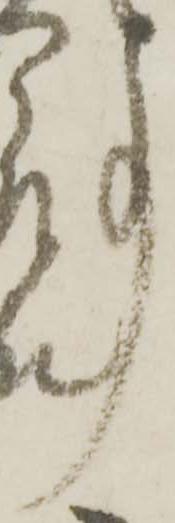
事